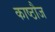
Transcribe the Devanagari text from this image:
काष्ठौज